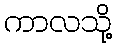
ကာလသို့